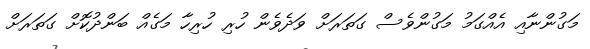
މަގުންނާއި އެއްގަމު މަގުންވެސް ގަތަރަށް ވަދެވެން ހުރި ހުރިހާ މަގެއް ބަންދުކޮށް ގަތަރަށް